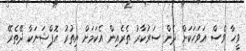
ވީހާ ވެސް އަވަހަކަށް ދެން ސަރުކާރު ތެރެއިން އެކަމަށް އިތުރު އޮޕްޝަނަކާ ދޭތެރޭ